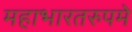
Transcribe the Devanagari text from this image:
महाभारतरुपमे